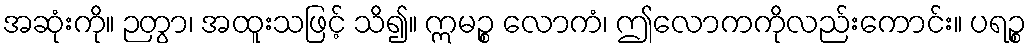
အဆုံးကို။ ဉတွာ၊ အထူးသဖြင့် သိ၍။ ဣမဉ္စ လောကံ၊ ဤလောကကိုလည်းကောင်း။ ပရဉ္စ